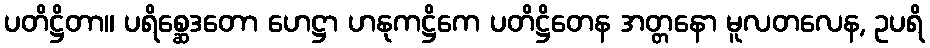
ပတိဋ္ဌိတာ။ ပရိစ္ဆေဒတော ဟေဋ္ဌာ ဟနုကဋ္ဌိကေ ပတိဋ္ဌိတေန အတ္တနော မူလတလေန, ဥပရိ